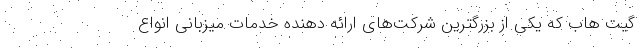
گیت هاب که یکی از بزرگترین شرکت‌های ارائه دهنده خدمات میزبانی انواع